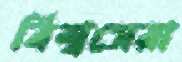
বিশ্বসেরা